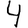
Digit: 4